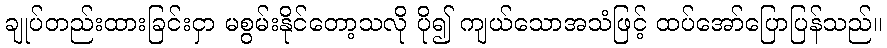
ချုပ်တည်းထားခြင်းငှာ မစွမ်းနိုင်တော့သလို ပို၍ ကျယ်သောအသံဖြင့် ထပ်အော်ပြောပြန်သည်။